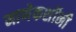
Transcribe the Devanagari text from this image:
माणेकशॉनी